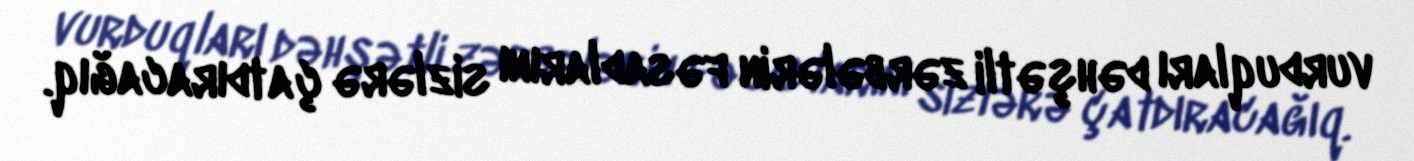
vurduqları dəhşətli zərbələrin fəsadlarını sizlərə çatdıracağıq.